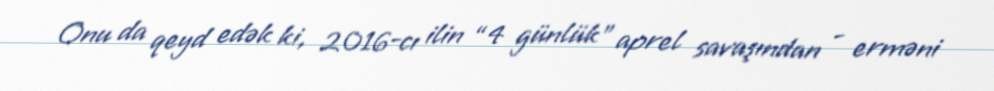
Onu da qeyd edək ki, 2016-cı ilin “4 günlük” aprel savaşından - erməni